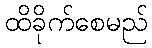
ထိခိုက်စေမည်